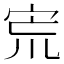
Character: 𡧽